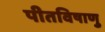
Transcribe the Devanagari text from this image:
पीतविषाणु